system: You are a helpful assistant.
user:
Analyze the provided spectrum to determine if it is a **"Cataclysmic Variables (CV)"**.

- **Key Indicators for CV (Check for either state):**
    - **State 1: Quiescent / Low-State (Emission-Dominated)**
        - **(Primary):** Strong and *very broad* Hydrogen Balmer emission lines (e.g., $H\alpha$ at 6563 Å, $H\beta$ at 4861 Å). The 'broadness' (high velocity dispersion, often FWHM > 1000 km/s) is the key diagnostic, indicating a high-velocity accretion disk.
        - **(Secondary):** Broad neutral Helium (He I) emission lines (e.g., 5876 Å, 6678 Å).
        - **(Key Confirmation):** Presence of high-excitation *ionized* Helium (He II) emission at 4686 Å. This is a strong indicator of accretion onto a white dwarf.
        - **(Line Profile):** Emission lines may exhibit a 'double-peaked' profile, which is a classic signature of a rotating accretion disk viewed at high inclination.

    - **State 2: Outburst / High-State (Absorption-Dominated)**
        - **(Primary):** Spectrum is dominated by a bright, blue continuum (looks like a hot star).
        - **(Secondary):** The emission lines from State 1 are weak, absent, or 'filled in', and are replaced by broad, shallow *absorption* lines (primarily Balmer and He I).
        - **(Morphology):** The overall spectrum mimics a hot B/A-type star. The crucial difference is that the absorption lines are significantly broader, shallower, and more 'washed-out' (or 'smeared') than the sharp lines of a normal stellar photosphere, due to high rotational speeds and pressure broadening in the disk.

Think first, call **spectral_visualization_tool** if needed to examine features in detail, then provide your final answer. Your response must adhere to the following strict rules:
1.  **Overall Structure:** Your response must follow the format `<think>...</think> <tool_call>...</tool_call> (if a tool is used) <answer>...</answer>`.
2.  **Tool Usage Constraint:** You may only make **one** tool call per turn.
3.  **Final Answer Format:** In the `<answer>` tag, your conclusion must be inside a `\boxed{}` command (e.g., `\boxed{YES}`), followed by your justification.

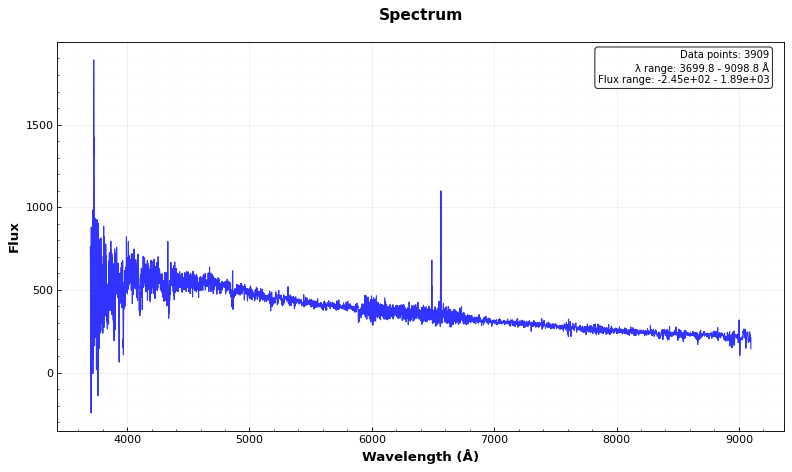
Answer: NO